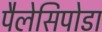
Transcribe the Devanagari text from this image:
पैलेसिपोडा